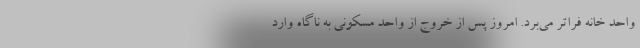
واحد خانه فراتر می‌برد. امروز پس از خروج از واحد مسکونی به ناگاه وارد